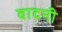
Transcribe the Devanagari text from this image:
वादनी